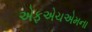
એફએચએમના